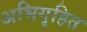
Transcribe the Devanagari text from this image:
अभिगृहित